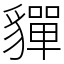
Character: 貚